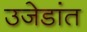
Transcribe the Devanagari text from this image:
उजेडांत